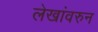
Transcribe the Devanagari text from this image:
लेखांवरुन